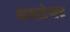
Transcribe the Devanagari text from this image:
नक्षत्रेश्वर